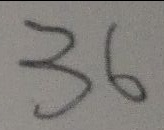
3 6